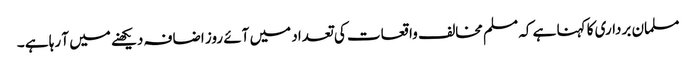
مسلمان برداری کا کہنا ہے کہ مسلم مخالف واقعات کی تعداد میں آئے روز اضافہ دیکھنے میں آ رہا ہے ۔